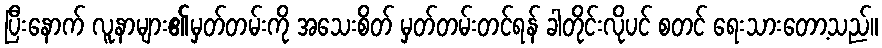
ပြီးနောက် လူနာများ၏မှတ်တမ်းကို အသေးစိတ် မှတ်တမ်းတင်ရန် ခါတိုင်းလိုပင် စတင် ရေးသားတော့သည်။